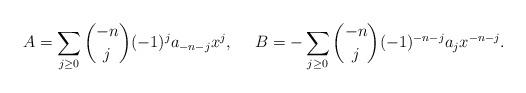
LaTeX: \begin{align*} A=\sum_{j\ge0}\binom{-n}{j}(-1)^j a_{-n-j}x^{j},\ \ \ \ B=-\sum_{j\ge0}\binom{-n}{j}(-1)^{-n-j}a_{j}x^{-n-j}.\end{align*}